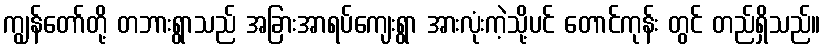
ကျွန်တော်တို့ တဘားရွာသည် အခြားအာရပ်ကျေးရွာ အားလုံးကဲ့သို့ပင် တောင်ကုန်း တွင် တည်ရှိသည်။